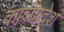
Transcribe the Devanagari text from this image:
काव्यादेश